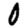
Digit: 0